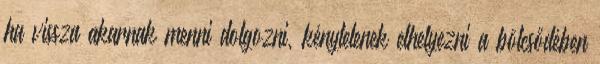
ha vissza akarnak menni dolgozni, kénytelenek elhelyezni a bölcsődében